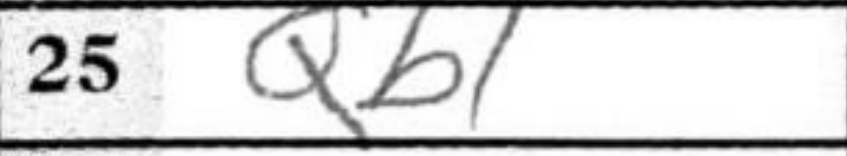
Transcription: Qb1